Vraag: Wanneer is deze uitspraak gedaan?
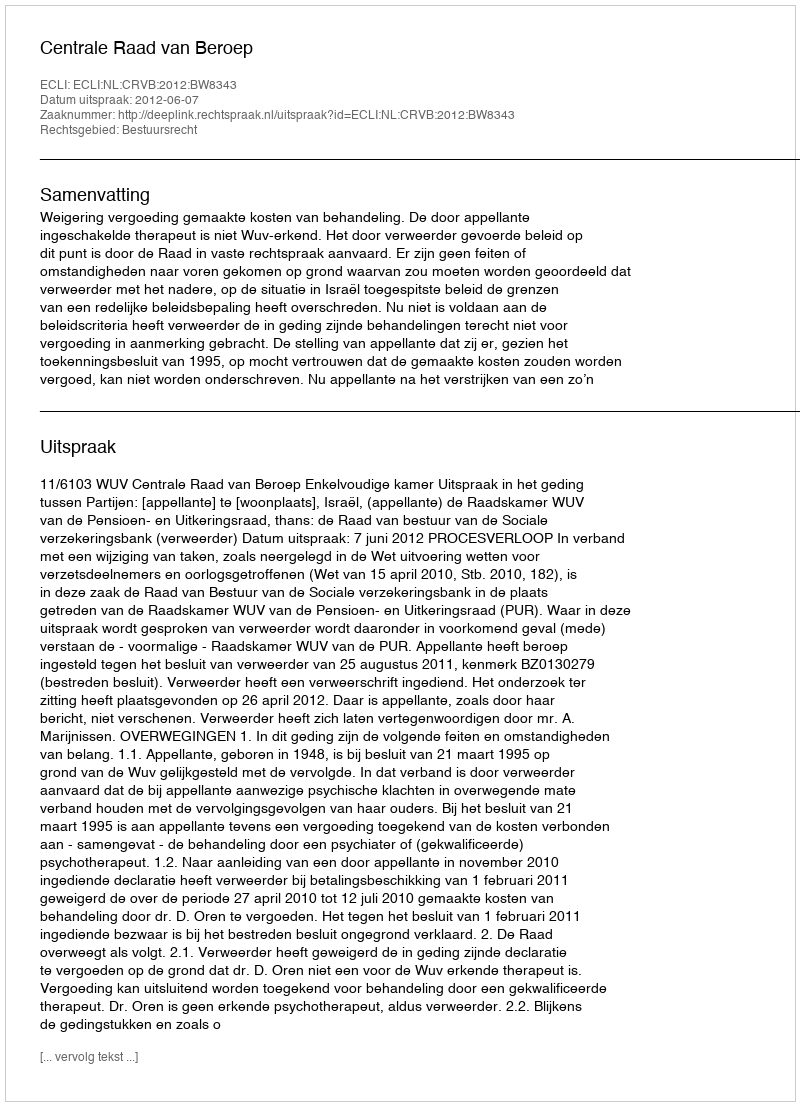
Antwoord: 2012-06-07